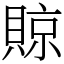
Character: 䝶